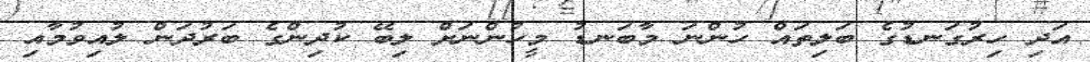
އަދި ހިރުގަނޑުގެ ބަލިތައް ހުންނަ މާބަނޑު މީހުންނަށް ލިބޭ ކުދިންގެ ބަރުދަން ލުއިވުމާއި